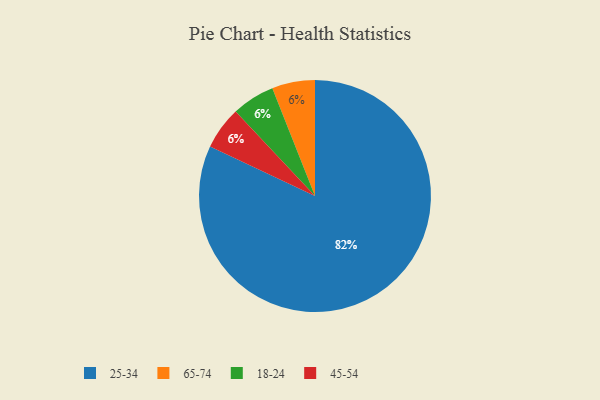
{"axis": {"x": "Category", "y": "Percentage"}, "legend": ["18-24", "25-34", "45-54", "65-74"], "data": [{"x": "65-74", "y": 6, "type": "65-74"}, {"x": "18-24", "y": 6, "type": "18-24"}, {"x": "25-34", "y": 82, "type": "25-34"}, {"x": "45-54", "y": 6, "type": "45-54"}]}